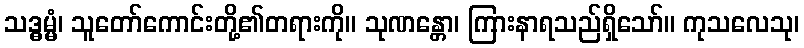
သဒ္ဓမ္မံ၊ သူတော်ကောင်းတို့၏တရားကို။ သုဏန္တော၊ ကြားနာရသည်ရှိသော်။ ကုသလေသု၊